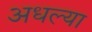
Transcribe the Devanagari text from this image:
अधल्या